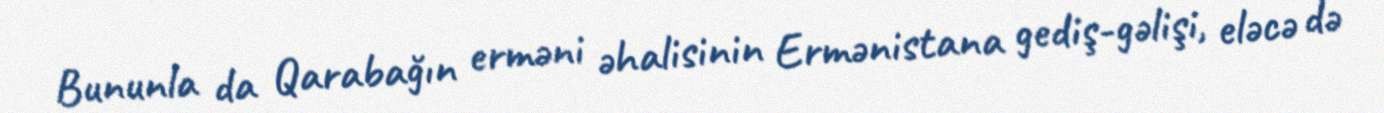
Bununla da Qarabağın erməni əhalisinin Ermənistana gediş-gəlişi, eləcə də